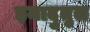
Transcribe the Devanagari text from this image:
इमादुतुल